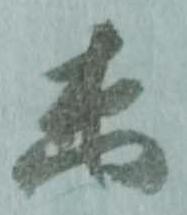
未